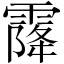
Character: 𩄐